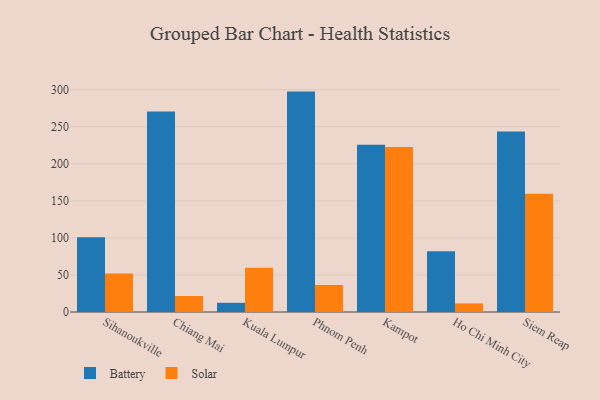
{"axis": {"x": "City", "y": "Tickets Resolved"}, "legend": ["Battery", "Solar"], "data": [{"x": "Sihanoukville", "y": 100.9, "type": "Battery"}, {"x": "Sihanoukville", "y": 52.1, "type": "Solar"}, {"x": "Chiang Mai", "y": 270.6, "type": "Battery"}, {"x": "Chiang Mai", "y": 21.6, "type": "Solar"}, {"x": "Kuala Lumpur", "y": 12.4, "type": "Battery"}, {"x": "Kuala Lumpur", "y": 59.8, "type": "Solar"}, {"x": "Phnom Penh", "y": 297.4, "type": "Battery"}, {"x": "Phnom Penh", "y": 36.4, "type": "Solar"}, {"x": "Kampot", "y": 225.6, "type": "Battery"}, {"x": "Kampot", "y": 222.8, "type": "Solar"}, {"x": "Ho Chi Minh City", "y": 81.9, "type": "Battery"}, {"x": "Ho Chi Minh City", "y": 11.6, "type": "Solar"}, {"x": "Siem Reap", "y": 243.7, "type": "Battery"}, {"x": "Siem Reap", "y": 159.7, "type": "Solar"}]}